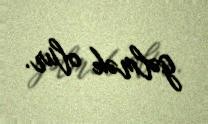
gəlmək olur.